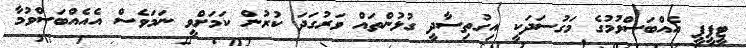
ޓީޕީޕީ އެއްބަސްވުމުގެ މަގުސަދަކީ އިގުތިސާދީ ގުޅުންތައް ވަރުގަދަ ކުރުން ކަމަށްވީ ނަމަވެސް އެއެއްބަސްވުމާ